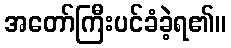
အတော်ကြီးပင်ခံခဲ့ရ၏။